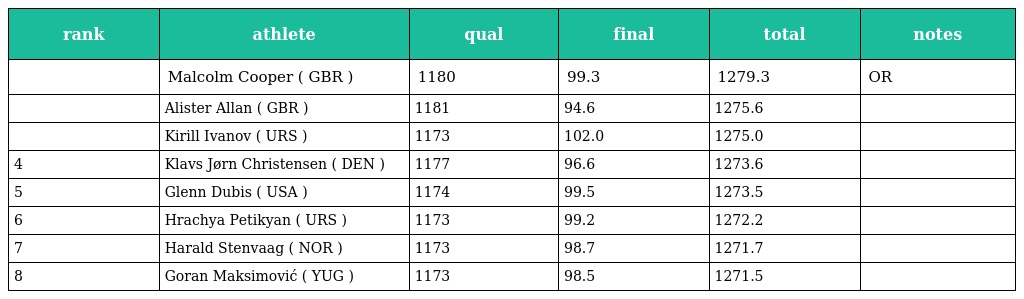
| rank | athlete | qual | final | total | notes |
 | --- | --- | --- | --- | --- | --- |
 |  | Malcolm Cooper ( GBR ) | 1180 | 99.3 | 1279.3 | OR |
 |  | Alister Allan ( GBR ) | 1181 | 94.6 | 1275.6 |  |
 |  | Kirill Ivanov ( URS ) | 1173 | 102.0 | 1275.0 |  |
 | 4 | Klavs Jørn Christensen ( DEN ) | 1177 | 96.6 | 1273.6 |  |
 | 5 | Glenn Dubis ( USA ) | 1174 | 99.5 | 1273.5 |  |
 | 6 | Hrachya Petikyan ( URS ) | 1173 | 99.2 | 1272.2 |  |
 | 7 | Harald Stenvaag ( NOR ) | 1173 | 98.7 | 1271.7 |  |
 | 8 | Goran Maksimović ( YUG ) | 1173 | 98.5 | 1271.5 |  |